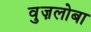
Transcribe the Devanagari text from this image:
वुज़लोबा